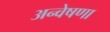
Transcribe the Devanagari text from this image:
अन्वेषणा